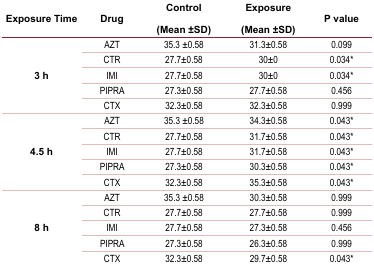
| Exposure Time | Drug | Control(Mean ±SD) | Exposure(Mean ±SD) | P value |
 | --- | --- | --- | --- | --- |
 | <ROWSPAN=5> 3 h | AZT | 35.3 ±0.58 | 31.3±0.58 | 0.099 |
 | CTR | 27.7±0.58 | 30±0 | 0.034* |
 | IMI | 27.7±0.58 | 30±0 | 0.034* |
 | PIPRA | 27.3±0.58 | 27.7±0.58 | 0.456 |
 | CTX | 32.3±0.58 | 32.3±0.58 | 0.999 |
 | <ROWSPAN=5> 4.5 h | AZT | 35.3 ±0.58 | 34.3±0.58 | 0.043* |
 | CTR | 27.7±0.58 | 31.7±0.58 | 0.043* |
 | IMI | 27.7±0.58 | 31.7±0.58 | 0.043* |
 | PIPRA | 27.3±0.58 | 30.3±0.58 | 0.043* |
 | CTX | 32.3±0.58 | 35.3±0.58 | 0.043* |
 | <ROWSPAN=5> 8 h | AZT | 35.3 ±0.58 | 30.3±0.58 | 0.999 |
 | CTR | 27.7±0.58 | 27.7±0.58 | 0.999 |
 | IMI | 27.7±0.58 | 27.3±0.58 | 0.456 |
 | PIPRA | 27.3±0.58 | 26.3±0.58 | 0.999 |
 | CTX | 32.3±0.58 | 29.7±0.58 | 0.043* |